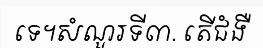
ទេ។សំណួរទី៣. តើជំងឺ